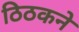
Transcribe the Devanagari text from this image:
ठिठकने